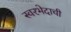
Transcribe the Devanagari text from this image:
स्वरभेदाची